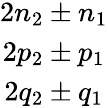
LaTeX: \begin{array}{c}{2n_{2}\pm n_{1}}\\ {2p_{2}\pm p_{1}}\\ {2q_{2}\pm q_{1}}\end{array}